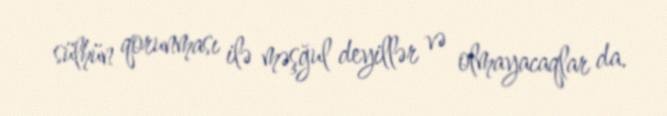
sülhün qorunması ilə məşğul deyillər və olmayacaqlar da.